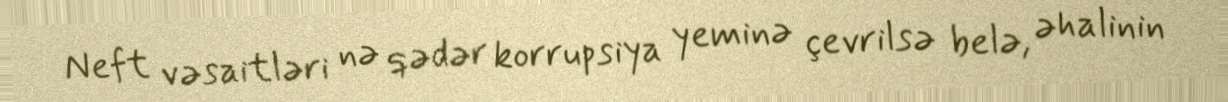
Neft vəsaitləri nə qədər korrupsiya yeminə çevrilsə belə, əhalinin